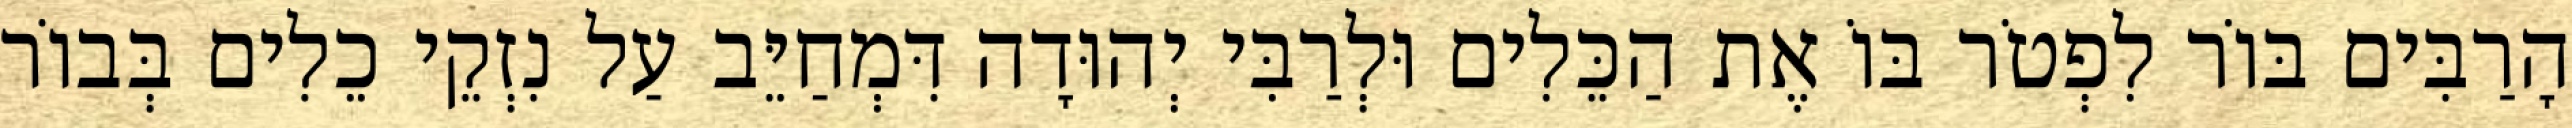
הָרַבִּים בּוֹר לִפְטֹר בּוֹ אֶת הַכֵּלִים וּלְרַבִּי יְהוּדָה דִּמְחַיֵּב עַל נִזְקֵי כֵלִים בְּבוֹר